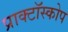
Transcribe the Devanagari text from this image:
प्राक्टॉस्कोप